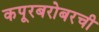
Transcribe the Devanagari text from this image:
कपूरबरोबरची